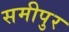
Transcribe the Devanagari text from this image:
समीपुर